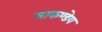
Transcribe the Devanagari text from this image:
माकण्डेय